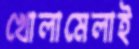
খোলামেলাই